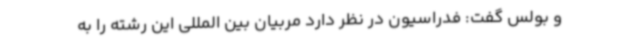
و بولس گفت: فدراسیون در نظر دارد مربیان بین المللی این رشته را به